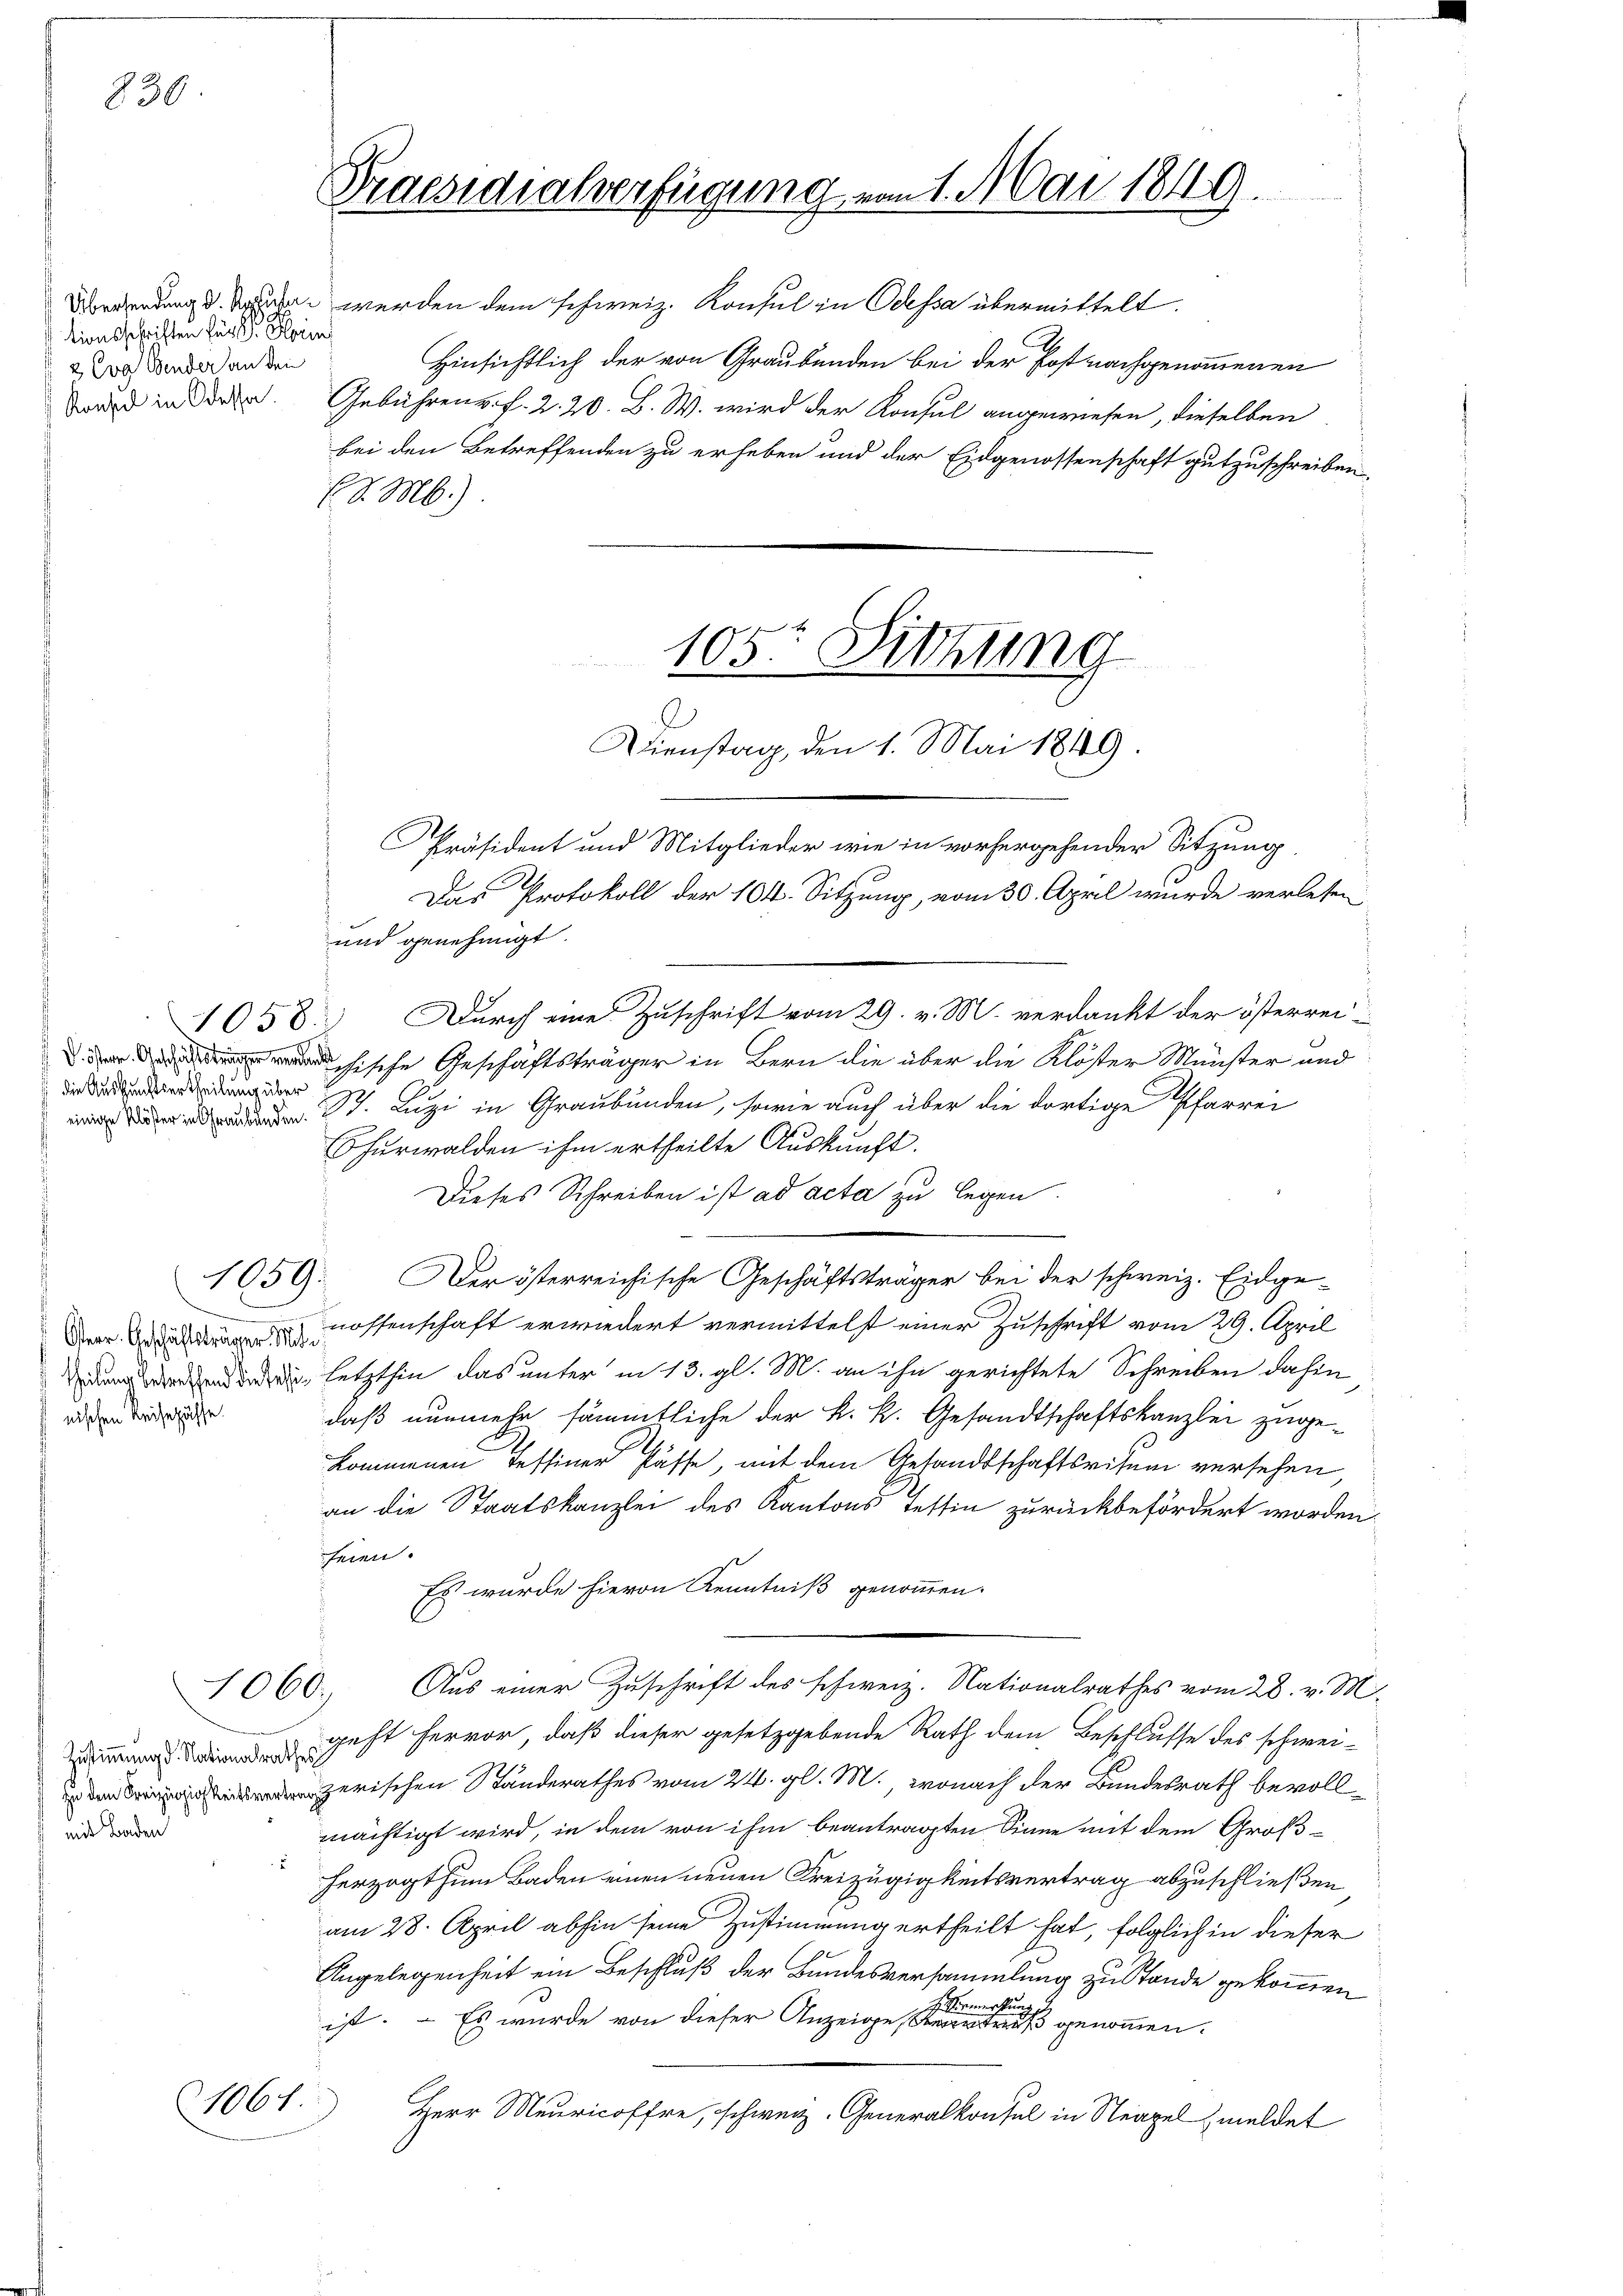
230

tionsschriften für Sr. Kein
2 Eva Bender an den
Konsul in Odessa.

1058.
 die Auskunftsertheilung über

Verr. Geschäftsträger Mitnischen Reisepässe.

1060.

mit Baden

1061.

Praesidialverfügung vom 1. Mai 1849.

Üerwendung d. Tragen werden dem schweiz. Konsul in Odessa übermittelt.
Hinsichtlich der von Graubünden bei der Post nachgenommenen
Gebühren u. f. 2. 20. B. W. wird der Konsul angewiesen, dieselben
bei den Betreffenden zu erheben und der Eidgenossenschaft gutzuschreiben.
(d. M.).

Präsident und Mitglieder wie in vorhergehender Sitzung.
Das Protokoll der 104. Sitzung, vom 30. April wurde verlesen
und genehmigt.
Durch eine Zuschrift vom 29. v. M. verdankt der österrei
hische Geschäftsträger in Bern die über die Klöster Münster und
 St. Luzi in Graubünden, sowie auch über die dortige Pfarrer
Churwalden ihm ertheilte Auskunft.
Dieses Schreiben ist ad acta zu legen.
1059. Der österreichische Geschäftsträger bei der schweiz. Eidge-
nossenschaft erwiedert vermittelst einer Zuschrift vom 29. April
 letzthin das unter in 13. gl. M. an ihn gerichtete Schreiben dahin
daß nunmehr sämmtliche der k. k. Gesandtschaftskanzlei zugekommenen Tessiner Pässe, mit dem Gesandtschaftsritum versehen,
an die Staatskanzlei des Kantons Tettin zurückbefördert worden.
heien.
Es wurde hievon Kenntniß genommen.
Aus einer Zuschrift des schweiz. Nationalrathes vom 28. v. M.
Geht hervor, daß dieser gesetzgebende Rath dem Beschlusse des schwei-
zerischen Standerathes vom 24. gl. M., wonach der Bundesrath bevollmächtigt wird, in dem von ihm beantragten Sinne mit dem Großherzogthum Baden einen neuen Kreizügigkeitsvertrag abzuschließen
am 28. April abhin seine Zustimmung ertheilt hat, folglich in dieser
Angelegenheit ein Beschluß der Bundesversammlung zu Stande gekommen
ist. – Es wurde von dieser Anzeige, einen eines genommen.
Herr Meuricoffre, schweiz. Generalkonsul in Neapel meldet

105te Sitzung
Dienstag, den 1. Mai 1849.